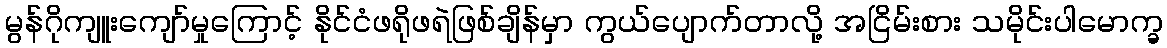
မွန်ဂိုကျူးကျော်မှုကြောင့် နိုင်ငံဖရိုဖရဲဖြစ်ချိန်မှာ ကွယ်ပျောက်တာလို့ အငြိမ်းစား သမိုင်းပါမောက္ခ